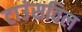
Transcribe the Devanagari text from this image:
टाउंसविल